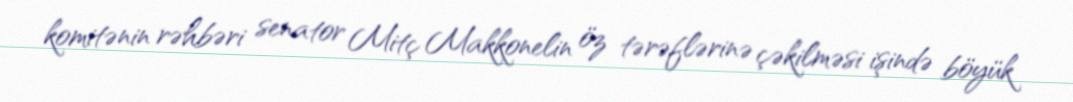
komitənin rəhbəri senator Mitç Makkonelin öz tərəflərinə çəkilməsi işində böyük